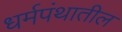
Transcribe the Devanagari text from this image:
धर्मपंथातील